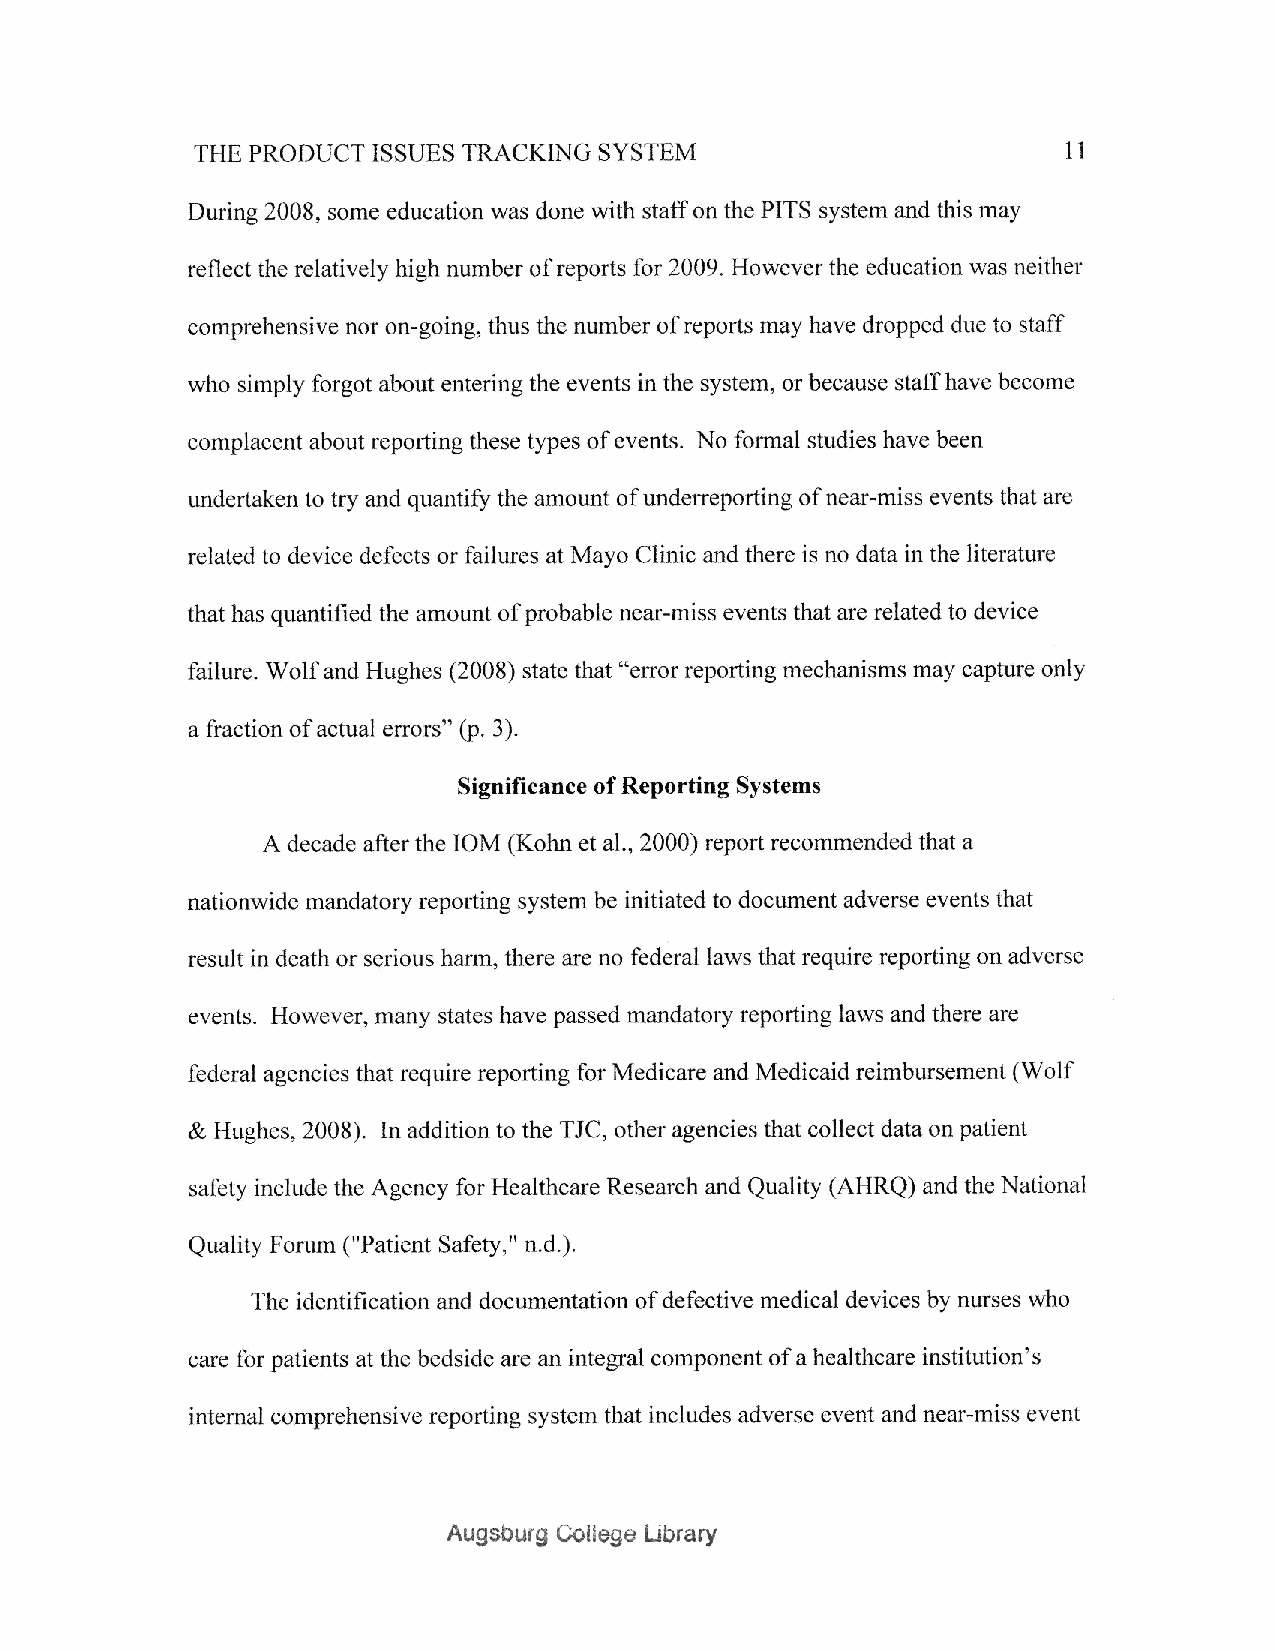
SYSTEM
 THE PRODUCT ISSUES TRACKING                               1I
 During 2008, some education was done with staff on the PITS system and this may
 reflect the relatively high number of reports for 2009. However the education was neither
 comprehensive nor on-going, thus the number of reports rnay have dropped due to staff
 who simply forgot about entering the events in the system, or because staff have become
 complacent about reporting these types of events. No formal studies have been
 undertaken to try and quantiry the amount of underreporting of near-miss events that are
 related to device defects or failures at Mayo Clinic and there is no data in the literature
 that has quantified the amount of probable near-miss events that are related to device
 failure. Wolf and Hughes (2008) state that "error reporting mechanisms may capture only
 a fraction of actual errors" (p. 3).
 Significance of Reporting Systems
 A decade after the IOM (Kohn et al., 2000) report recomrnended that a
 nationwide mandatory reporting system be initiated to document adverse events that
 result in death or serious harm, there are no federal laws that require reporting on adverse
 events. However, many states have passed mandatory reporting laws and there are
 federal agencies that require reporting for Medicare and Medicaid reimbursement (Wolf
 & Hughes, 2008). In addition to the TJC, other agencies that collect data on patient
 safety include the Agency for Healthcare Research and Quality (AHRQ) and the National
 Quality Forum ("Patient Safety," n.d.).
 The identification and documentation of defective medical devices by nurses who
 sare for patients at the bedside are an integral component of a healthcare institution's
 internal comprehensive reporting system that includes adverse event and near-miss event
 Augsburg Gollege Lrbrary